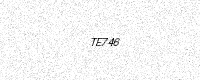
Text: TE746